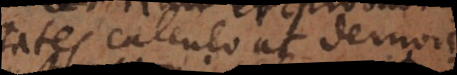
tates calculo aut demons